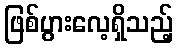
ဖြစ်ပွားလေ့ရှိသည့်